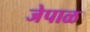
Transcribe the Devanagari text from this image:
जेपाळ